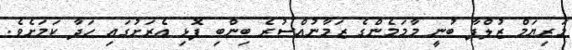
މަރިޔަމް ޒުލްފާ ބުނީ މާމަމެންގެ ޒަމާނުއްސުރެ ބިންބި ފޮޅި އެރަށުގައި ހަދާ ކަމަށެވެ.